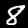
Label: 8